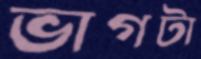
ভাগটা